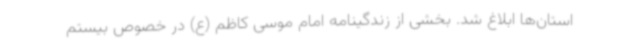
استان‌ها ابلاغ شد. بخشی از زندگینامه امام موسی کاظم (ع) در خصوص بیستم